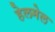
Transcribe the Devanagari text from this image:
हेलमेल